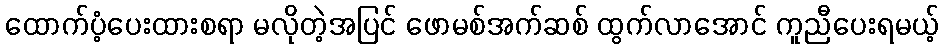
ထောက်ပံ့ပေးထားစရာ မလိုတဲ့အပြင် ဖောမစ်အက်ဆစ် ထွက်လာအောင် ကူညီပေးရမယ့်